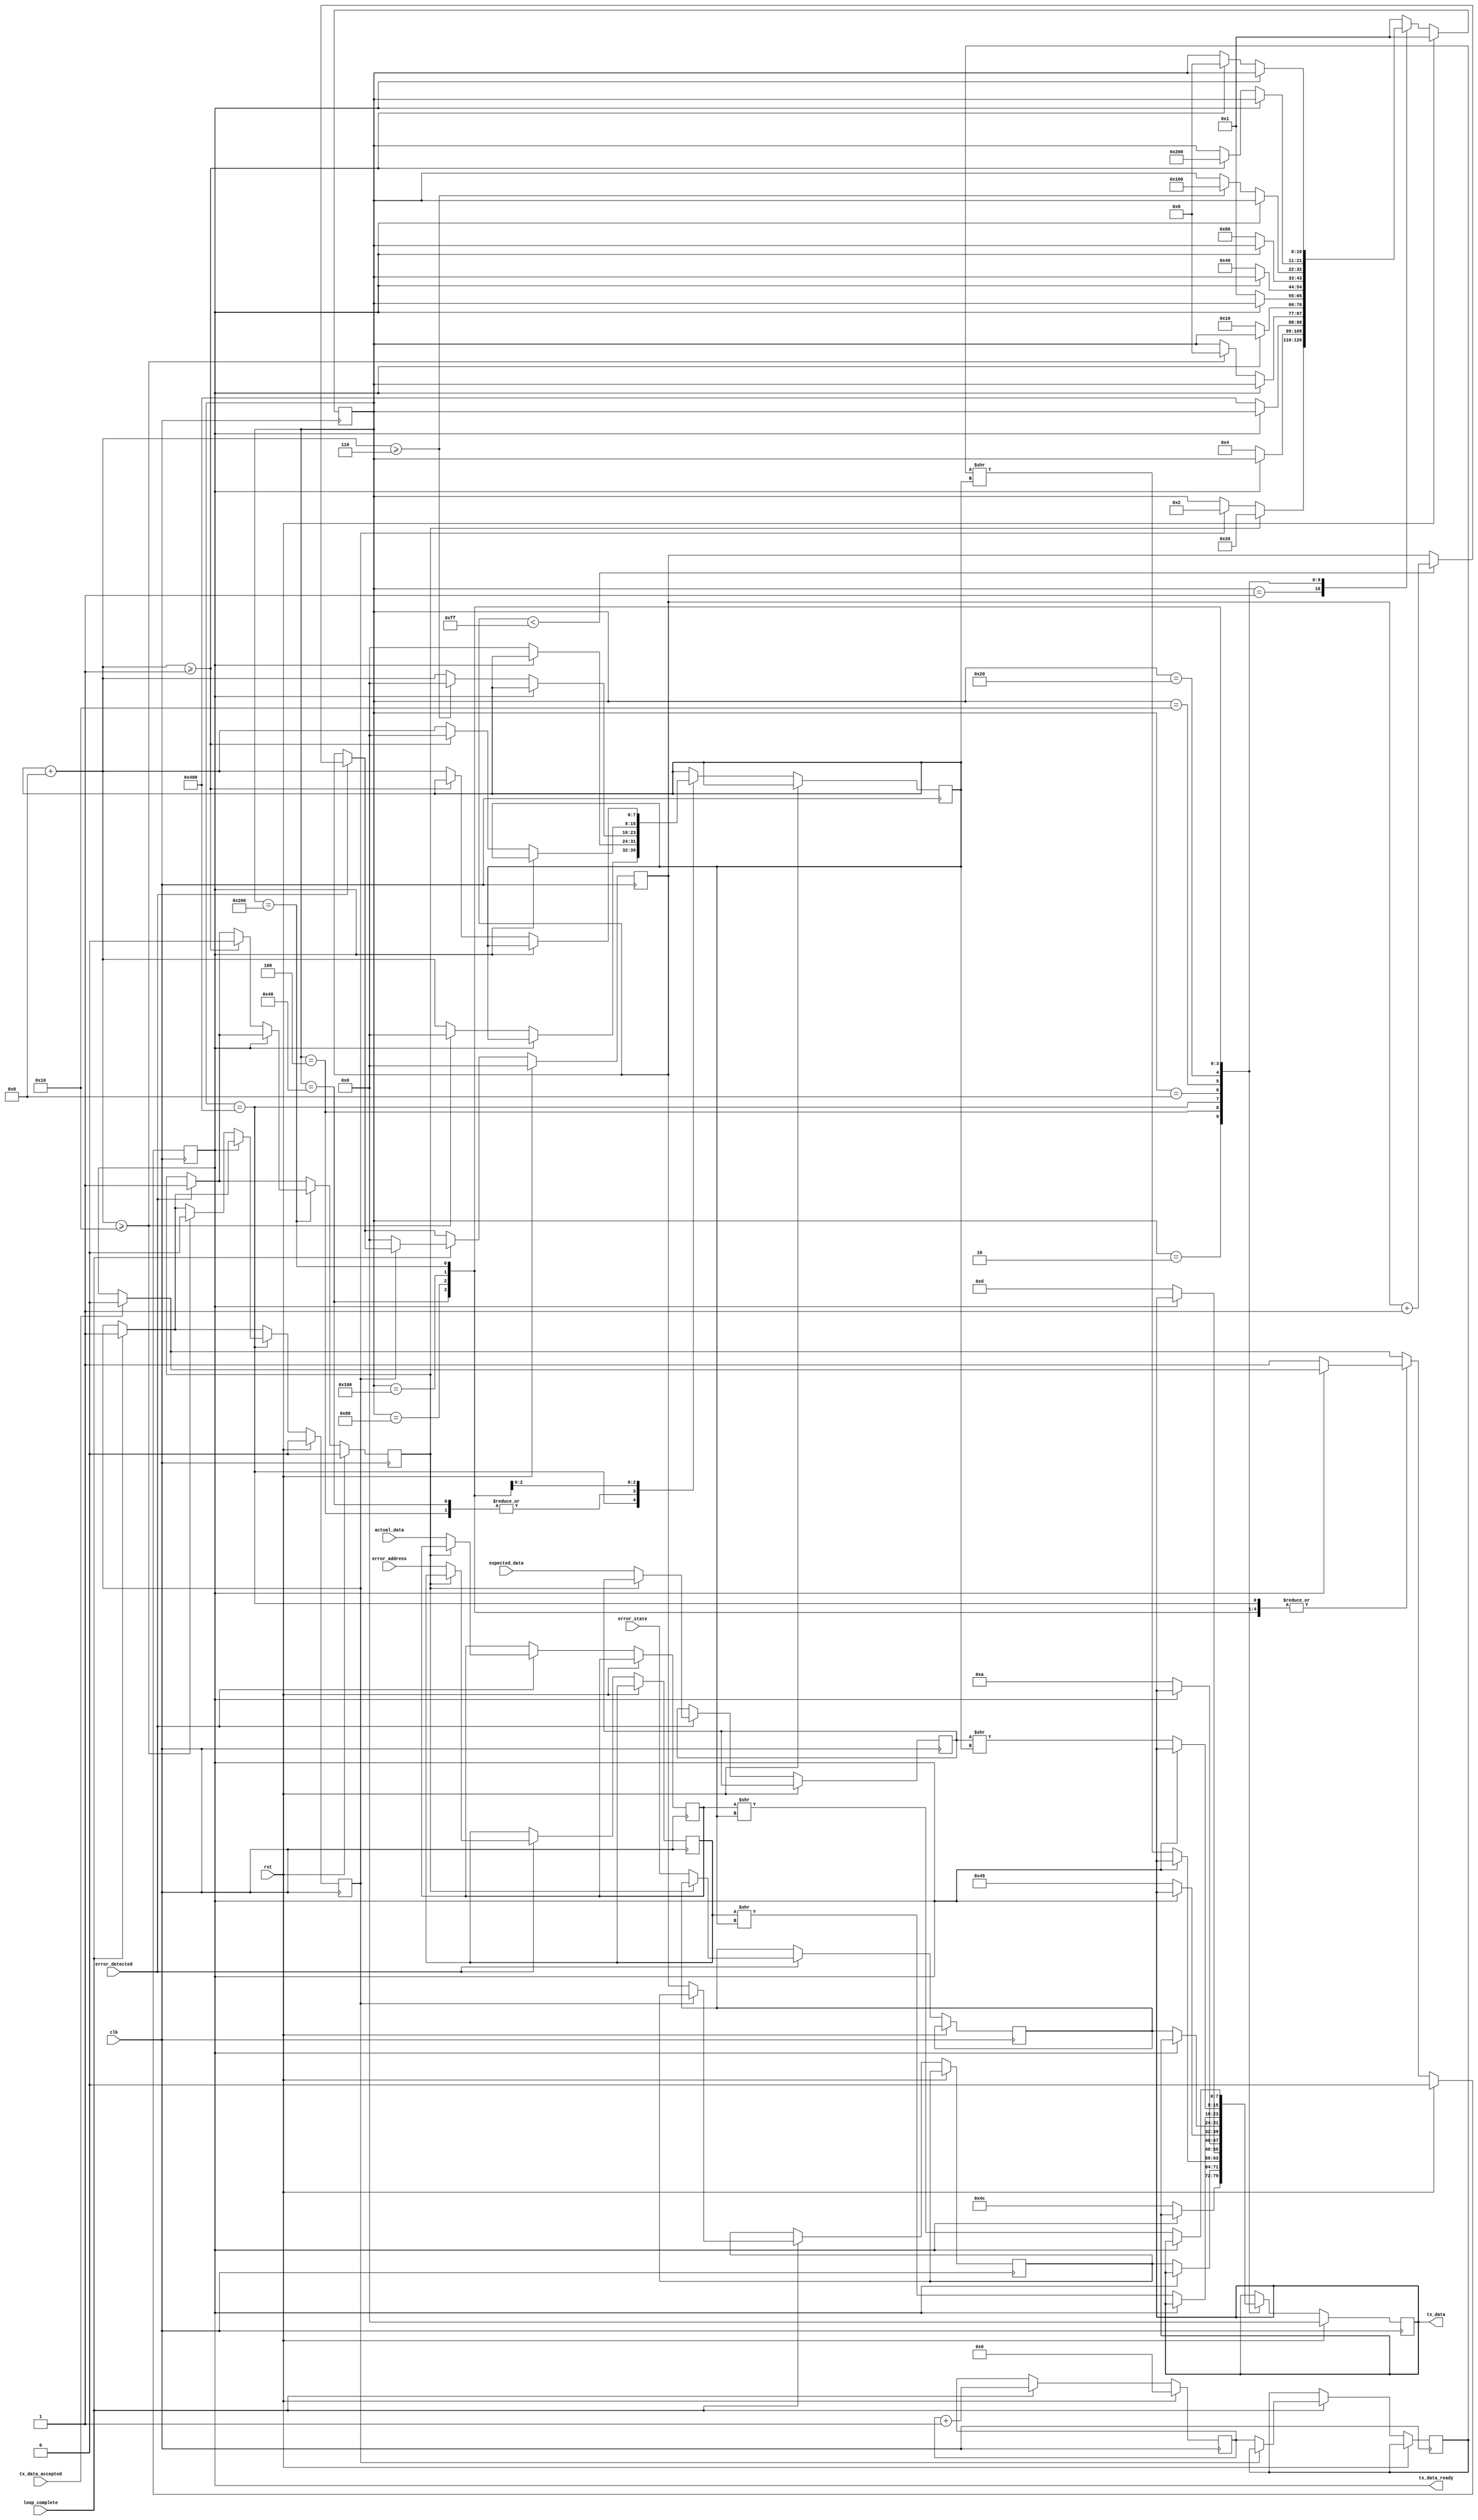
module ERROR_OUTPUT_LOGIC #(
    parameter [7:0] DATA_WIDTH = 1,
    parameter [7:0] ADDR_WIDTH = 6
) (
    input rst,
    input clk,

    input loop_complete,
    input error_detected,
    input [7:0] error_state,
    input [ADDR_WIDTH-1:0] error_address,
    input [DATA_WIDTH-1:0] expected_data,
    input [DATA_WIDTH-1:0] actual_data,

    // Output to UART
    input tx_data_accepted,
    output reg tx_data_ready,
    output reg [7:0] tx_data
);
    reg reg_error_detected;
    reg [7:0] reg_error_state;
    reg [ADDR_WIDTH-1:0] reg_error_address;
    reg [DATA_WIDTH-1:0] reg_expected_data;
    reg [DATA_WIDTH-1:0] reg_actual_data;

    reg [7:0] error_count;
    reg [7:0] output_shift;

    wire [7:0] next_output_shift = output_shift + 8;
    wire count_shift_done = next_output_shift >= 8'd16;
    wire address_shift_done = next_output_shift >= ADDR_WIDTH;
    wire data_shift_done = next_output_shift >= DATA_WIDTH;

    reg loop_ready;
    reg [7:0] latched_error_count;

    reg [7:0] errors;
    reg [10:0] state;
    reg [15:0] loop_count;
    reg [15:0] latched_loop_count;

    localparam START = (1 << 0),
        ERROR_COUNT_HEADER = (1 << 1),
        ERROR_COUNT_COUNT = (1 << 2),
        CR = (1 << 3),
        LF = (1 << 4),
        ERROR_HEADER = (1 << 5),
        ERROR_STATE = (1 << 6),
        ERROR_ADDRESS = (1 << 7),
        ERROR_EXPECTED_DATA = (1 << 8),
        ERROR_ACTUAL_DATA = (1 << 9),
        LOOP_COUNT = (1 << 10);

    initial begin
        tx_data_ready <= 1'b0;
        tx_data <= 8'b0;
        state <= START;
        reg_error_detected <= 1'b0;
    end

    always @(posedge clk) begin
        if(rst) begin
            state <= START;
            error_count <= 0;
            reg_error_detected <= 0;
            tx_data_ready <= 0;
            tx_data <= 8'b0;
            loop_count <= 0;
            loop_ready <= 0;
        end else begin

            if(error_detected) begin
                if(error_count < 255) begin
                    error_count <= error_count + 1;
                end

                if(!reg_error_detected) begin
                    reg_error_detected <= 1;
                    reg_error_state <= error_state;
                    reg_error_address <= error_address;
                    reg_expected_data <= expected_data;
                    reg_actual_data <= actual_data;
                end
            end

            if(tx_data_accepted) begin
                tx_data_ready <= 0;
            end

            if(loop_complete) begin
                loop_count <= loop_count + 1;
                if(!loop_ready) begin
                    loop_ready <= 1;
                    latched_error_count <= error_count;
                    latched_loop_count <= loop_count;
                    error_count <= 0;
                end
            end

            case(state)
                START: begin
                    if(reg_error_detected) begin
                        state <= ERROR_HEADER;
                    end else if(loop_ready) begin
                        state <= ERROR_COUNT_HEADER;
                    end
                end
                ERROR_COUNT_HEADER: begin
                    if(!tx_data_ready) begin
                        tx_data <= "L";
                        tx_data_ready <= 1;
                        state <= ERROR_COUNT_COUNT;
                    end
                end
                ERROR_COUNT_COUNT: begin
                    if(!tx_data_ready) begin
                        tx_data <= latched_error_count;
                        tx_data_ready <= 1;
                        output_shift <= 0;
                        state <= LOOP_COUNT;
                    end
                end
                LOOP_COUNT: begin
                    if(!tx_data_ready) begin
                        tx_data <= (latched_loop_count >> output_shift);
                        tx_data_ready <= 1;

                        if(count_shift_done) begin
                            output_shift <= 0;
                            loop_ready <= 0;
                            state <= CR;
                        end else begin
                            output_shift <= next_output_shift;
                        end
                    end
                end
                CR: begin
                    if(!tx_data_ready) begin
                        tx_data <= 8'h0D; // "\r"
                        tx_data_ready <= 1;
                        state <= LF;
                    end
                end
                LF: begin
                    if(!tx_data_ready) begin
                        tx_data <= 8'h0A; // "\n"
                        tx_data_ready <= 1;
                        state <= START;
                    end
                end
                ERROR_HEADER: begin
                    if(!tx_data_ready) begin
                        tx_data <= "E";
                        tx_data_ready <= 1;
                        state <= ERROR_STATE;
                    end
                end
                ERROR_STATE: begin
                    if(!tx_data_ready) begin
                        tx_data <= reg_error_state;
                        tx_data_ready <= 1;
                        output_shift <= 0;
                        state <= ERROR_ADDRESS;
                    end
                end
                ERROR_ADDRESS: begin
                    if(!tx_data_ready) begin
                        tx_data <= (reg_error_address >> output_shift);
                        tx_data_ready <= 1;

                        if(address_shift_done) begin
                            output_shift <= 0;
                            state <= ERROR_EXPECTED_DATA;
                        end else begin
                            output_shift <= next_output_shift;
                        end
                    end
                end
                ERROR_EXPECTED_DATA: begin
                    if(!tx_data_ready) begin
                        tx_data <= (reg_expected_data >> output_shift);
                        tx_data_ready <= 1;

                        if(data_shift_done) begin
                            output_shift <= 0;
                            state <= ERROR_ACTUAL_DATA;
                        end else begin
                            output_shift <= next_output_shift;
                        end
                    end
                end
                ERROR_ACTUAL_DATA: begin
                    if(!tx_data_ready) begin
                        tx_data <= (reg_actual_data >> output_shift);
                        tx_data_ready <= 1;

                        if(data_shift_done) begin
                            state <= CR;
                            reg_error_detected <= 0;
                        end else begin
                            output_shift <= output_shift + 8;
                        end
                    end
                end
                default: begin
                    state <= START;
                end
            endcase
        end
    end
endmodule